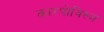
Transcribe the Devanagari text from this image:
कारपोविस्ज